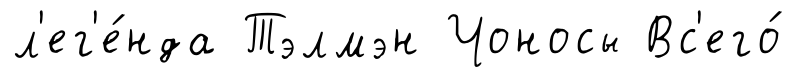
л'ег'е́нда Тэлмэн Чоносы Вс'его́